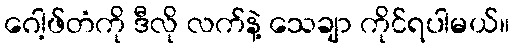
ဂေါ့ဖ်တံကို ဒီလို လက်နဲ့ သေချာ ကိုင်ရပါမယ်။